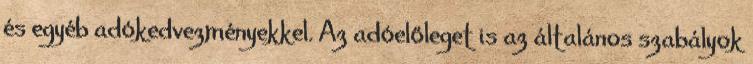
és egyéb adókedvezményekkel. Az adóelőleget is az általános szabályok